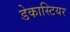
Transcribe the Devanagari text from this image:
डेकास्टियर